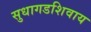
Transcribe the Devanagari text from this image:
सुधागडशिवाय